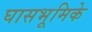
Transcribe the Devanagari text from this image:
घासभूमिके